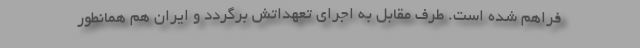
فراهم شده است. طرف مقابل به اجرای تعهداتش برگردد و ایران هم همانطور